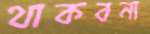
থাকবনা